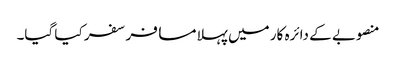
منصوبے کے دائرہ کار میں پہلا مسافر سفر کیا گیا۔